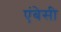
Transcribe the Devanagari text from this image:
एंबेसी